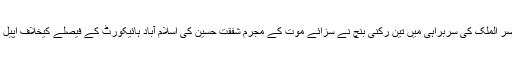
چیف جسٹس ناصر الملک کی سربراہی میں تین رکنی بنچ نے سزائے موت کے مجرم شفقت حسین کی اسلام آباد ہائیکورٹ کے فیصلے کیخلاف اپیل کی سماعت کی۔